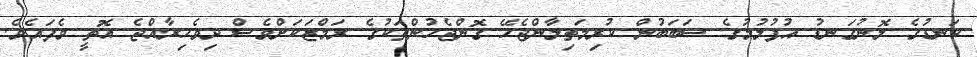
ކަނޑުގެ ލޮނުގަނޑު އުފުލުމުގެ ސަބަބުން ކުރިމަތިލާންޖެހޭ ގޮންޖެހުންތަކުގެ ރަމްޒަކަށްވެސް ދިވެހިރާއްޖެ އޮތީ ވެފައެވެ.